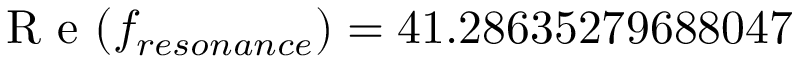
\mathrm { ~ R ~ e ~ } ( f _ { r e s o n a n c e } ) = 4 1 . 2 8 6 3 5 2 7 9 6 8 8 0 4 7